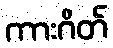
ကားဂိတ်